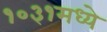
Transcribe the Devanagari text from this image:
१०३१मध्ये